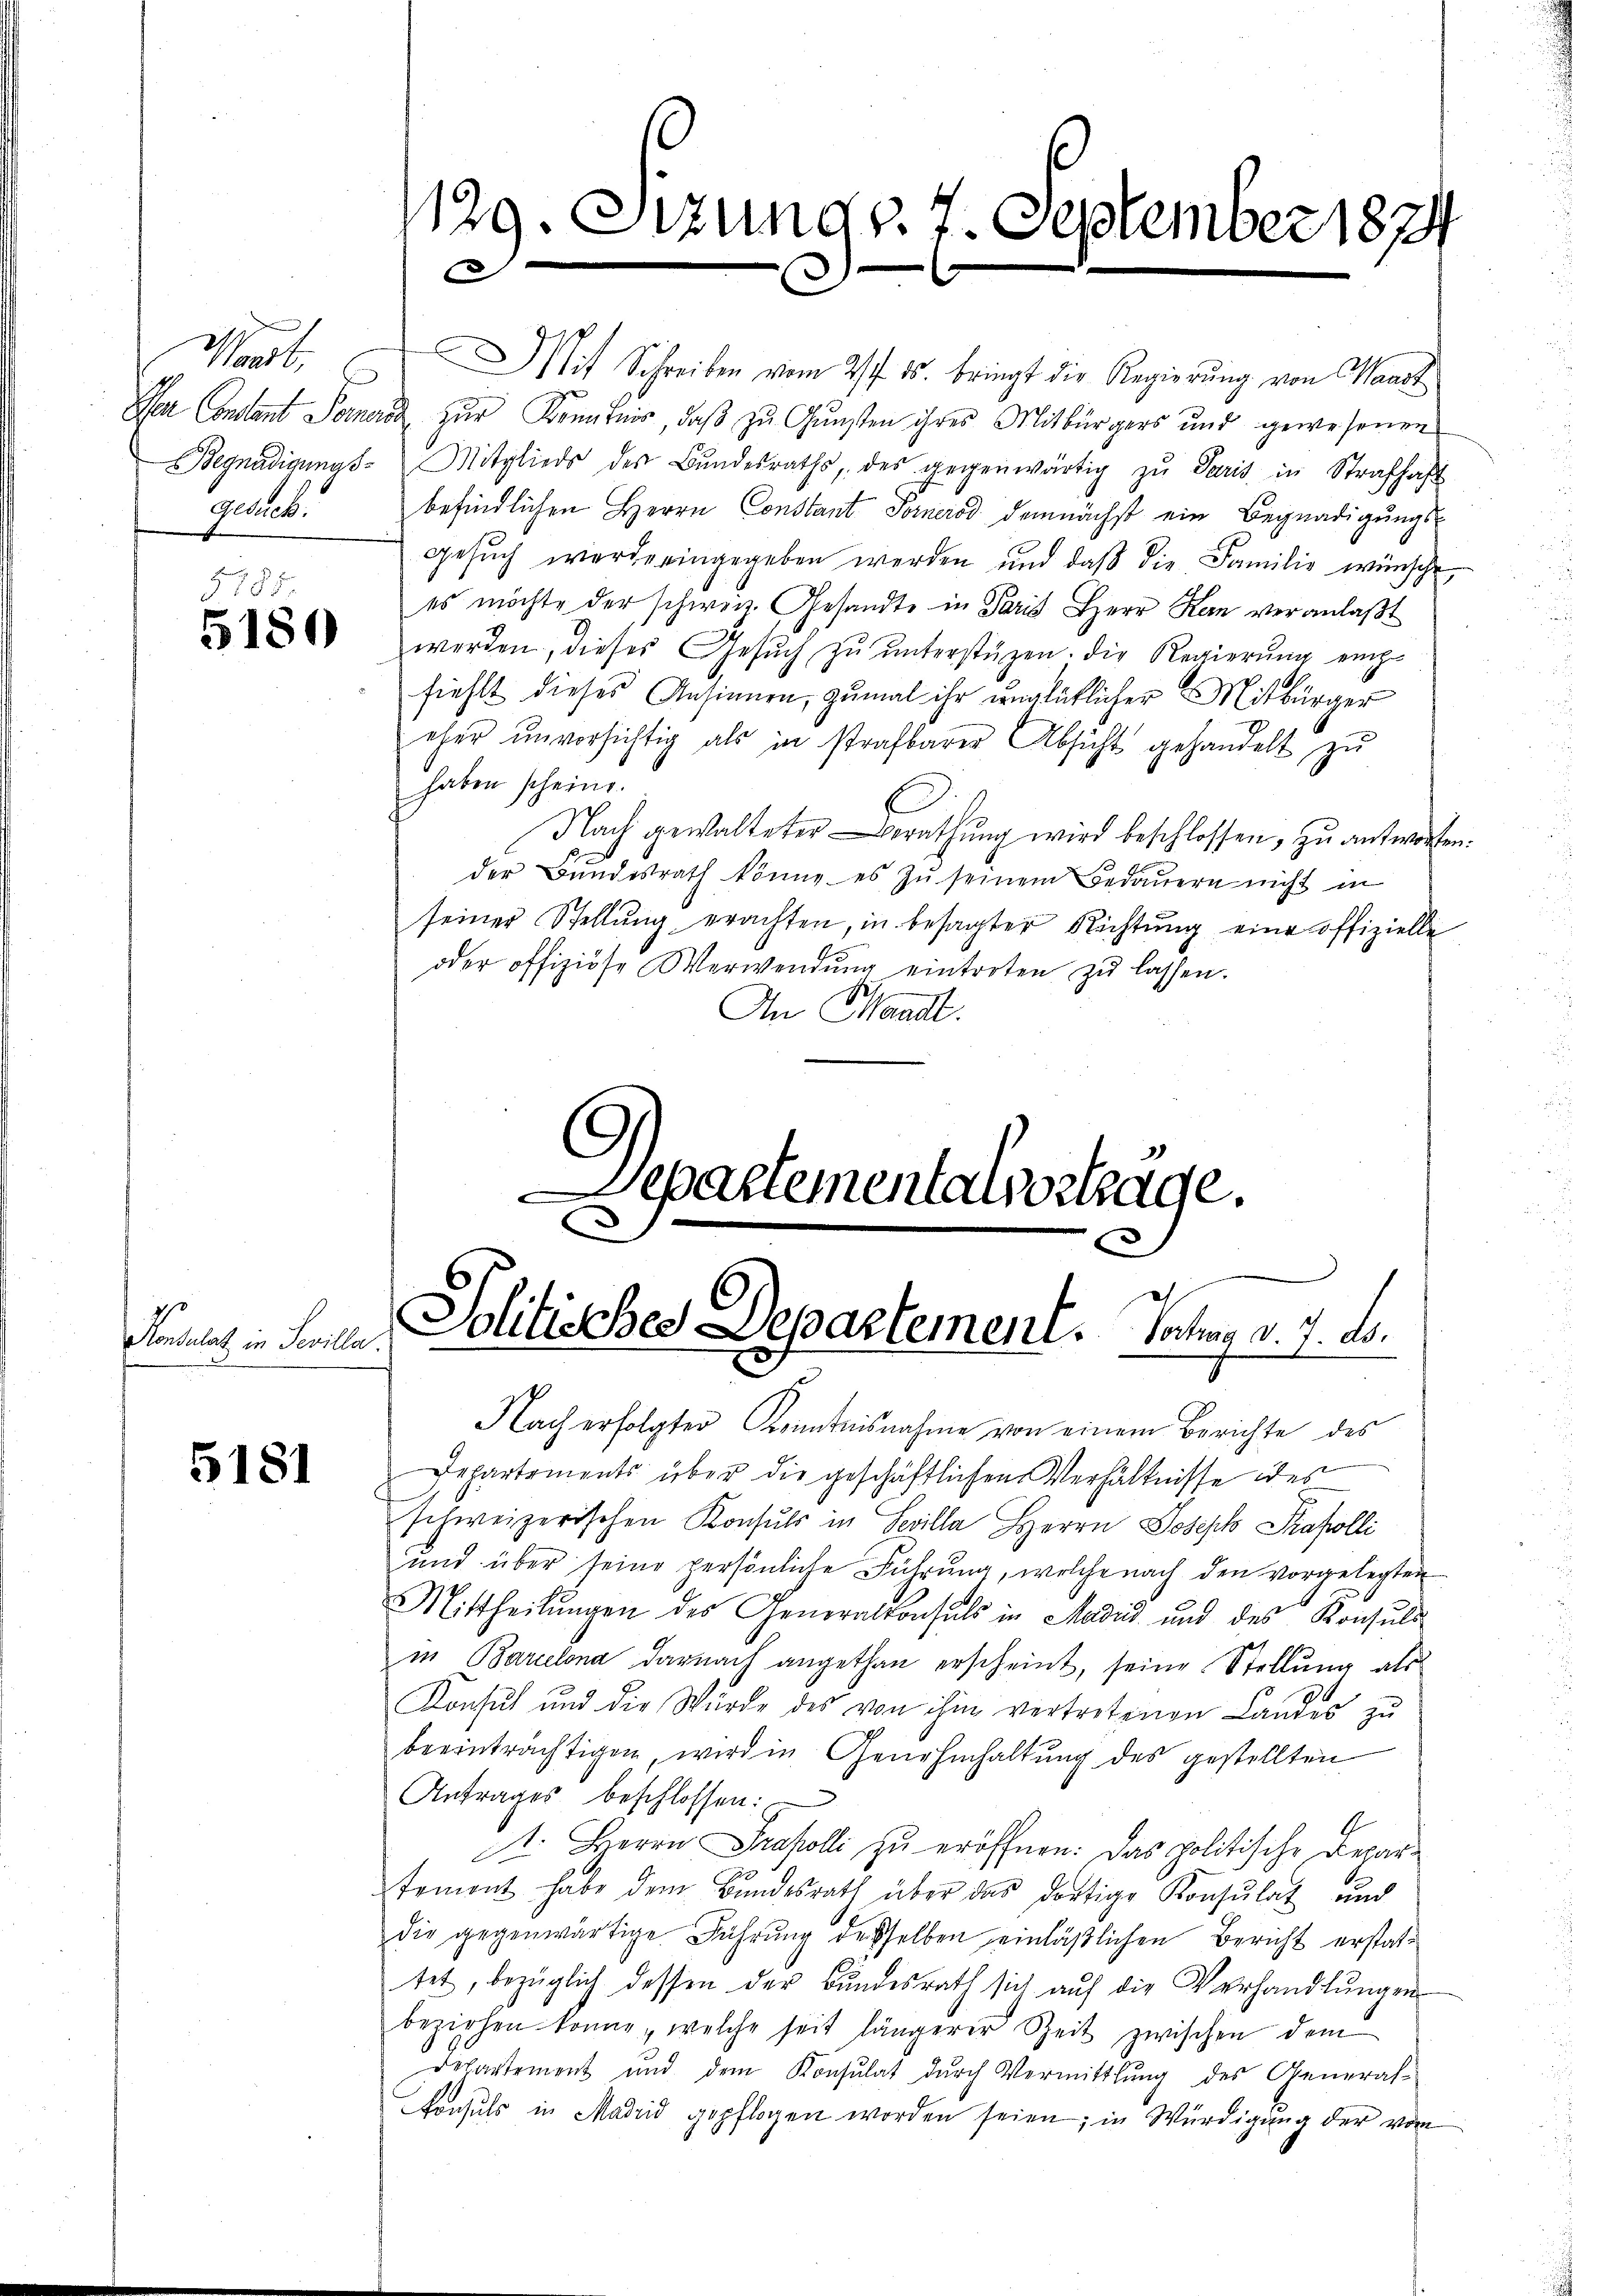
Past
Gelieb.

5185.
5180

Konsulat in Seville

5181

Mit Schreiben vom 21. ds. bringt die Regierŭng von Waadt
Der Constant Seiner zŭr Kenntnis, daβ zŭ Gŭnsten ihres Mitbürgers und gewesenen
Begnadigungs- Mitglieds des Bŭndesraths, des gegenwärtig zŭ Paris in Strafhaft
befindlichen Herrn Constant Fornerod demnächst ein Begnadigungsgesŭch werde eingegeben werden und daβ die Familie wünsche,
es möchte der schweiz. Gesandte in Paris Herr Hern veranlaßt
werden, dieses Gesŭch zŭ ŭnterstützen. Die Regierŭng emp
fiehlt dieses Ansinnen, zumal ihr unglücklicher Mitbürger
eher ŭnvorsichtig als in strafbarer Absicht gehandelt zŭ
haben scheine.
Nach gewalteter Berathung wird beschlossen, zu antworfen.
der Bŭndesrath könne. es zŭ seinem Bedaŭern nicht in
seiner Stellŭng erachten, in besagter Richtŭng eine offizielle
oder offiziöse Verwendŭng eintreten zŭ lassen.
An Mandt.
Departementalverträge.

1129. Sitzung v. 7. September 1874
d

Jolitisches Separtement. Vertrag d. 7. ds.
2.

Nach erfolgter Kenntnisnahme von einem Berichte des
Departements über die geschäftlichen Verhältnisse des
schweizerischen Konsuls in Seilla Herrn Joseph Trafolli
und über seine persönliche Führung, welche nach den vorgelegten
Mittheilŭngen des Generalkonsuls in Modić und des Konsuls
in Barcelona darnach angethan erscheint, seine Stellung als
Konsul und die Würde des von ihm vertretenen Landes zŭ
beeinträchtigen, wird in Genehmhaltung des gestellten
Antrages beschlossen:
I. Herrn Propolli zu eröffnen. Das politische Departement habe dem Bundesrath über das dortige Konsulat und
die gegenwärtige Führung desselben einläßlichen Bericht erstattet, bezüglich dessen der Bundesrath sich auf die Verhandlungen
beziehen könne , welche seit längerer Zeit zwischen dem
Departement und dem Konsulat durch Vermittlung des General-
Konsuls in Madrid gepflogen worden seien; in Würdigung der vom